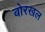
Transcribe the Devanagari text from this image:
बोरखल